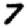
Digit: 7